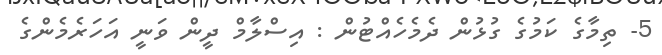
5- ތިމާގެ ކަމުގެ ގުޅުން ދެމެހެއްޓުން : އިސްލާމް ދީން ވަނީ އަހަރެމެންގެ